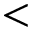
<